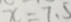
x = 7 . 5